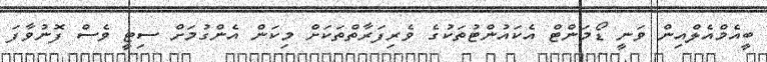
ބީއެމްއެލްއިން ވަނީ ޑޯމަންޓް އެކައުންޓުތަކުގެ ވެރިފަރާތްތަކަށް މިކަން އެންގުމަށް ސިޓީ ވެސް ފޮނުވާފަ